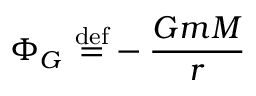
\Phi _ { G } ~ { \stackrel { \mathrm { d e f } } { = } } - { \frac { G m M } { r } }